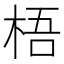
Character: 梧